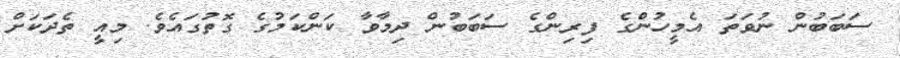
ސަބަބުން ނުވަތަ އެމީހުންގެ ފިރިންގެ ސަބަބުން ދިމާވާ ކަންކަމުގެ ގޮތުގައެވެ. މިއީ ތެދަކަށް